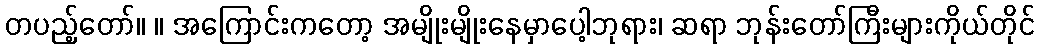
တပည့်တော်။ ။ အကြောင်းကတော့ အမျိုးမျိုးနေမှာပေါ့ဘုရား၊ ဆရာ ဘုန်းတော်ကြီးများကိုယ်တိုင်